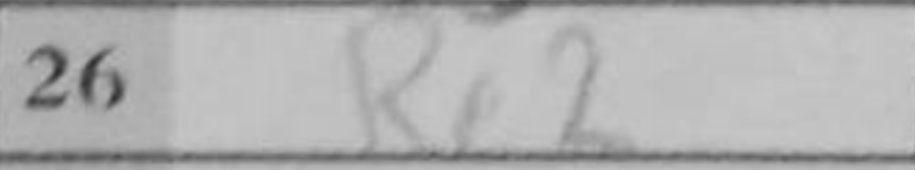
Transcription: Re2